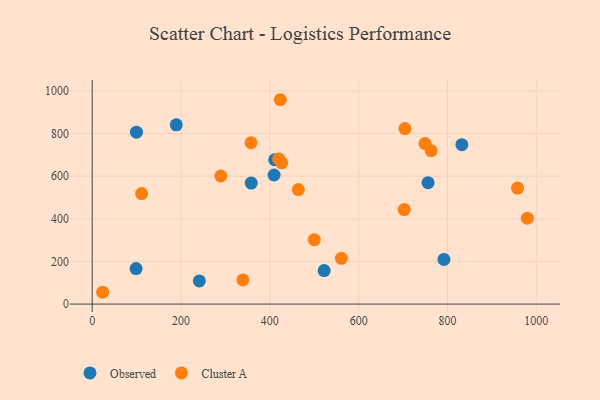
{"axis": {"x": "Experience", "y": "Salary"}, "legend": ["Cluster A", "Observed"], "data": [{"x": "832.4", "y": 747.3, "type": "Observed"}, {"x": "189.3", "y": 840.3, "type": "Observed"}, {"x": "522.3", "y": 157.3, "type": "Observed"}, {"x": "241.2", "y": 108.7, "type": "Observed"}, {"x": "756.2", "y": 569.4, "type": "Observed"}, {"x": "358.1", "y": 567.5, "type": "Observed"}, {"x": "98.8", "y": 166.3, "type": "Observed"}, {"x": "409.6", "y": 605.2, "type": "Observed"}, {"x": "410.9", "y": 676.7, "type": "Observed"}, {"x": "792.0", "y": 209.2, "type": "Observed"}, {"x": "99.7", "y": 806.2, "type": "Observed"}, {"x": "957.7", "y": 543.9, "type": "Cluster A"}, {"x": "339.3", "y": 113.3, "type": "Cluster A"}, {"x": "979.9", "y": 402.6, "type": "Cluster A"}, {"x": "464.2", "y": 536.7, "type": "Cluster A"}, {"x": "423.6", "y": 958.1, "type": "Cluster A"}, {"x": "561.2", "y": 214.5, "type": "Cluster A"}, {"x": "704.2", "y": 822.9, "type": "Cluster A"}, {"x": "357.7", "y": 756.6, "type": "Cluster A"}, {"x": "500.0", "y": 302.2, "type": "Cluster A"}, {"x": "111.3", "y": 517.9, "type": "Cluster A"}, {"x": "702.5", "y": 443.1, "type": "Cluster A"}, {"x": "749.3", "y": 752.5, "type": "Cluster A"}, {"x": "23.5", "y": 55.4, "type": "Cluster A"}, {"x": "763.3", "y": 718.8, "type": "Cluster A"}, {"x": "419.7", "y": 680.7, "type": "Cluster A"}, {"x": "289.7", "y": 600.5, "type": "Cluster A"}, {"x": "426.7", "y": 662.1, "type": "Cluster A"}]}